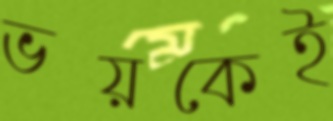
ভয়কেই